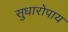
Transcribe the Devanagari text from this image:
सुधारोपाय